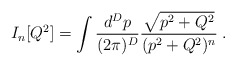
\begin{align*}I_n[Q^2]=\int {\frac {d^D p}{(2\pi)^D}}{\frac {\sqrt{p^2+Q^2}}{(p^2+Q^2)^n}} \;.\end{align*}